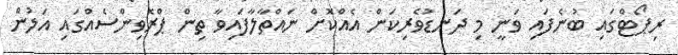
ރިޕޯޓްގައި ބުނެފައި ވަނީ މި ދަނޑުވެރިކަން އެއްކޮށް ނައްތާލާފައިވާ ތިން ޕްރޮވިންސެއްގައި އަލުން